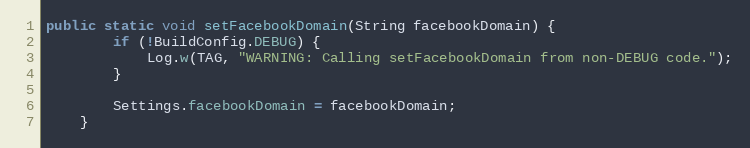
Language: Java
public static void setFacebookDomain(String facebookDomain) {
        if (!BuildConfig.DEBUG) {
            Log.w(TAG, "WARNING: Calling setFacebookDomain from non-DEBUG code.");
        }

        Settings.facebookDomain = facebookDomain;
    }